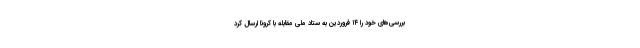
بررسی‌های خود را ۱۴ فروردین به ستاد ملی مقابله با کرونا ارسال کرد